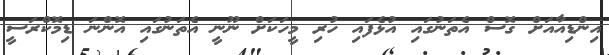
އިންޑިއާއަށް ގޮސް އެތަނުގައި އުޅެފައި ހުރި މީހަކަށް ނޫނީ އެތަނުގައި އޮންނަ ޑިމޮކްރަސީ